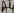
Text: A4